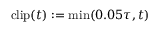
\mathrm { c l i p } ( t ) : = \operatorname* { m i n } ( 0 . 0 5 \tau , t )